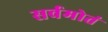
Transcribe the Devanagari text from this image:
सर्वमोतं